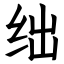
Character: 绌